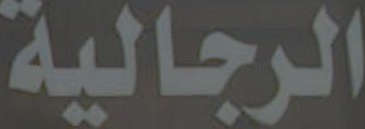
الرجالية